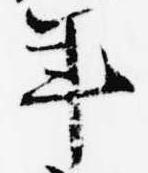
年